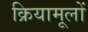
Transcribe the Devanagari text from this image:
क्रियामूलों